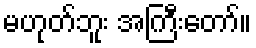
မဟုတ်ဘူး အကြီးတော်။